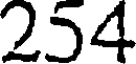
254